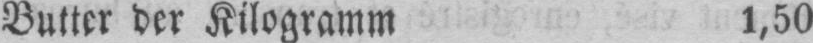
Butter der Kilogramm 1,50